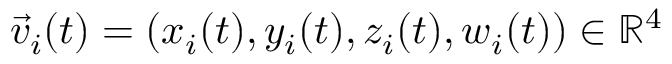
\vec { v } _ { i } ( t ) = ( x _ { i } ( t ) , y _ { i } ( t ) , z _ { i } ( t ) , w _ { i } ( t ) ) \in \mathbb { R } ^ { 4 }